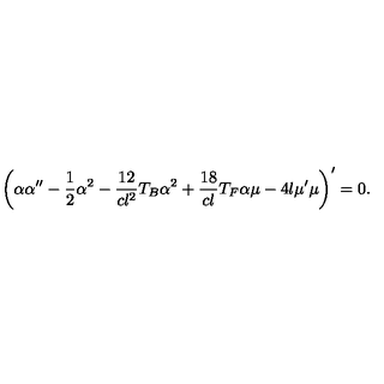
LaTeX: \left( \alpha \alpha ^ { \prime \prime } - \frac 1 2 \alpha ^ { 2 } - \frac { 1 2 } { c l ^ { 2 } } T _ { B } \alpha ^ { 2 } + \frac { 1 8 } { c l } T _ { F } \alpha \mu - 4 l \mu ^ { \prime } \mu \right) ^ { \prime } = 0 .